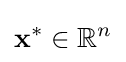
\mathbf {x} ^{*}\in \mathbb {R} ^{n}